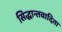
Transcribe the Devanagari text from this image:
सिद्धान्तवादिता